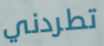
تطردني